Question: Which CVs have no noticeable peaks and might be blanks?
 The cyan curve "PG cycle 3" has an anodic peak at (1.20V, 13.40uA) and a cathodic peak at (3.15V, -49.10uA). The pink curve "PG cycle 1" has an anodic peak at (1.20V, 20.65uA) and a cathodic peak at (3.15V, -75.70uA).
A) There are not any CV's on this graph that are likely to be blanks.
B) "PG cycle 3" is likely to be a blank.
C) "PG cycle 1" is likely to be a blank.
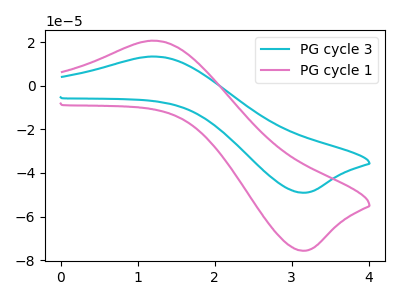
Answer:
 <answer>A) There are not any CV's on this graph that are likely to be blanks.</answer>
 <eval>A</eval>